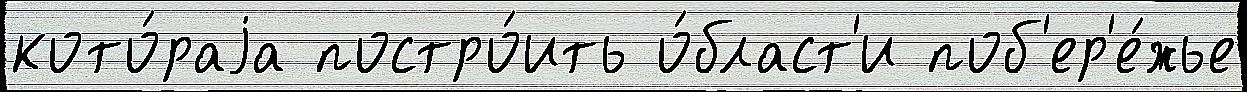
кото́раjа постро́ить о́бласт'и поб'ер'е́жье